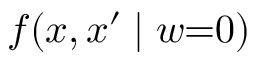
f ( x , x ^ { \prime } \mid w { = } 0 )